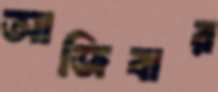
আজিবার